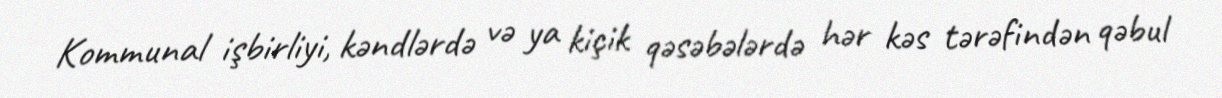
Kommunal işbirliyi, kəndlərdə və ya kiçik qəsəbələrdə hər kəs tərəfindən qəbul